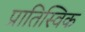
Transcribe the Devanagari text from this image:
प्रातिस्विक